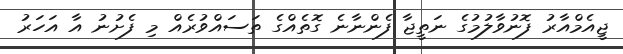
ޖީއެމްއާރު ފޮނުވާލުމުގެ ނަތީޖާ ފެންނާނެ ގޮތެއްގެ ތަސައްވުރެއް މި ފެށުނު އާ އަހަރު